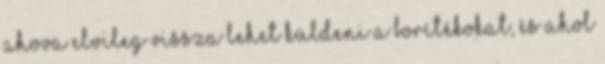
ahova elvileg vissza lehet küldeni a borítékokat, és ahol